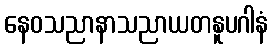
နေဝသညာနာသညာယတနူပဂါနံ